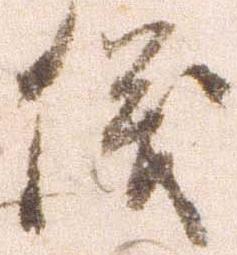
儀